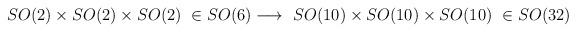
LaTeX: \begin{align*}SO(2)\times SO(2)\times SO(2)\ \in SO(6)\longrightarrow \ SO(10)\times SO(10)\times SO(10)\ \in SO(32)\end{align*}